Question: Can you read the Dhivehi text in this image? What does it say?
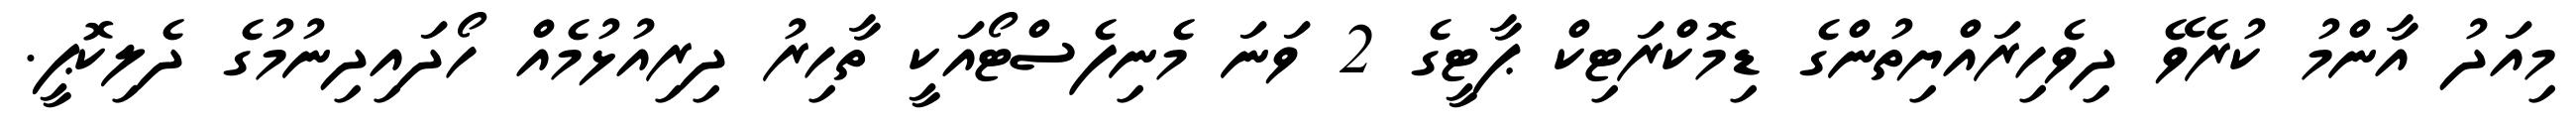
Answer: މިއަދު އާންމު ކުރެވޭ ދިވެހިރައްޔިތުންގެ ޑިމޮކްރަޓިކް ޕާޓީގެ 2 ވަނަ މެނިފެސްޓޯއަކީ ތާހިރު ދިރިއުޅުމެއް ހޯދައިދިނުމުގެ ދެލިކޮޕީ.